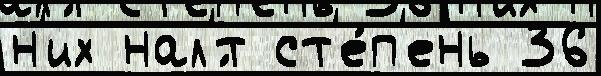
н'их нал'́т ст'е́п'ень 36